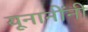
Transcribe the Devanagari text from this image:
यूनानींनी